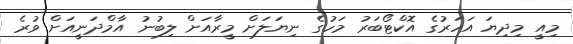
މިއީ މިދިޔަ އަހަރުގެ އޮކްޓޯބަރު މަހުގެ ނިޔަލަށް މީރާއަށް ލިބުނު އާމްދަނީއަށް ވުރެ